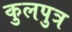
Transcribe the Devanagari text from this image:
कुलपुत्र